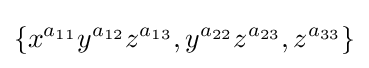
\{x^{a_{11}}y^{a_{12}}z^{a_{13}},y^{a_{22}}z^{a_{23}},z^{a_{33}}\}